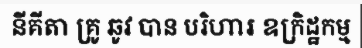
នីគីតា គ្រូ ឆូវ បាន បរិហារ ឧក្រិដ្ឋកម្ម